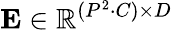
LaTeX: \mathbf{E}\in\mathbb{R}^{(P^{2}\cdot C)\times D}